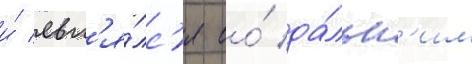
и́ явл'я́лс'я ео́ да́льн'им